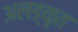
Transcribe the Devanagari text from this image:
अलङ्कृत